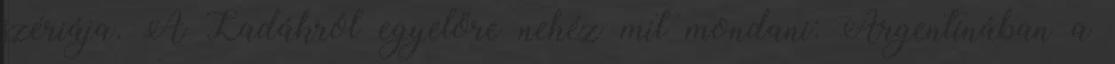
szériája. A Ladákról egyelőre nehéz mit mondani: Argentínában a